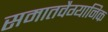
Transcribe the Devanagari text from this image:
समातवैग्यानिक